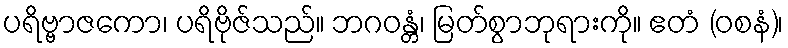
ပရိဗ္ဗာဇကော၊ ပရိဗိုဇ်သည်။ ဘဂဝန္တံ၊ မြတ်စွာဘုရားကို။ ဧတံ (ဝစနံ)၊